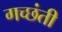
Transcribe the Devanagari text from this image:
गच्छंती